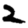
Digit: 2